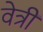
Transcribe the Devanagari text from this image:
वेत्री